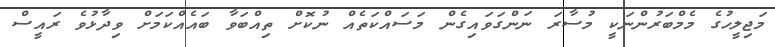
މަޖިލީހުގެ މެމްބަރުންނަކީ މުސާރަ ނަންގަވައިގެން މަސައްކަތެއް ނުކޮށް ތިއްބަވާ ބައެއްކަމަށް ވިދާޅުވެ ރައީސް